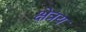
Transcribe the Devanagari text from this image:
क्षेत्रय